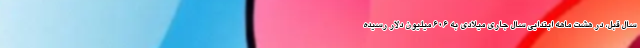
سال قبل، در هشت ماهه ابتدایی سال جاری میلادی به ۶۰۶ میلیون دلار رسیده